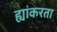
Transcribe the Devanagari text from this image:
ह्यांकरता